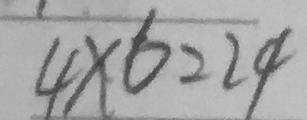
4 \times 6 = 2 4